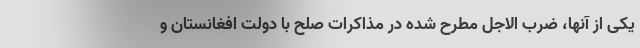
یکی از آنها، ضرب الاجل مطرح شده در مذاکرات صلح با دولت افغانستان و